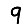
Digit: 9